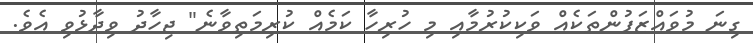
ގިނަ މުވައްޒަފުންތަކެއް ވަކިކުރުމާއި މި ހުރިހާ ކަމެއް ކުރިމަތިވާނެ" ޖިހާދު ވިދާޅުވި އެވެ.